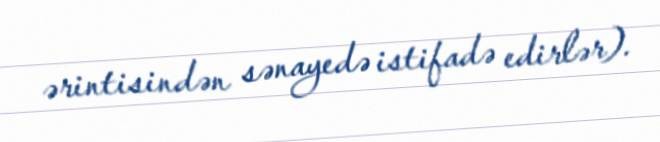
ərintisindən sənayedə istifadə edirlər).